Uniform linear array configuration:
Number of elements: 8
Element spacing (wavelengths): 0.75
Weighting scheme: kaiser
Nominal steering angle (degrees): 60
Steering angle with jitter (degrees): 60.51
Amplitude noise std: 0.05
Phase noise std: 0.05

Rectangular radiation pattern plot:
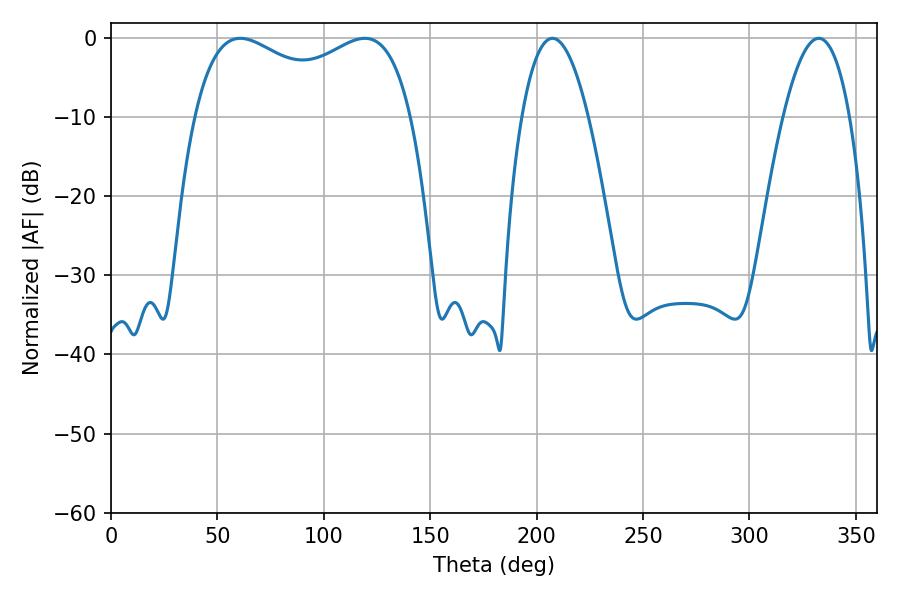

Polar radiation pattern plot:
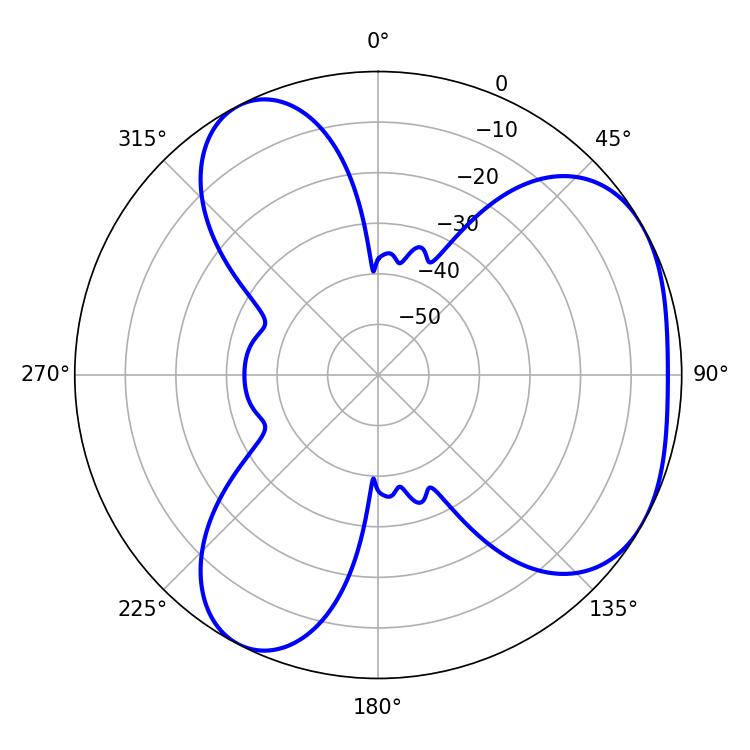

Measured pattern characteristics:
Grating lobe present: TRUE
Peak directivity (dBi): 4.087
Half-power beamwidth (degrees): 84.6
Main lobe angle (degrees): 60.66